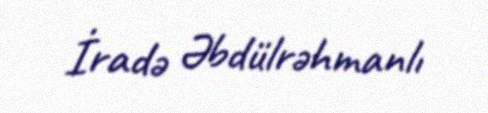
İradə Əbdülrəhmanlı